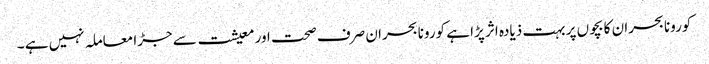
کورونا بحران کا بچوں پر بہت ذیادہ اثر پڑا ہے کورونا بحران صرف صحت اور معیشت سے جڑا معاملہ نہیں ہے ۔